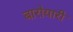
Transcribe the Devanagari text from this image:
बारोयारी